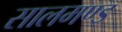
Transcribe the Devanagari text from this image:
सालमण्ड